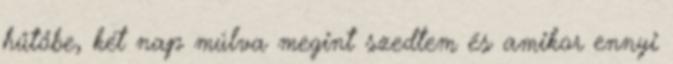
hűtőbe, két nap múlva megint szedtem és amikor ennyi